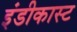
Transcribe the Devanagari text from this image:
इंडीकास्ट